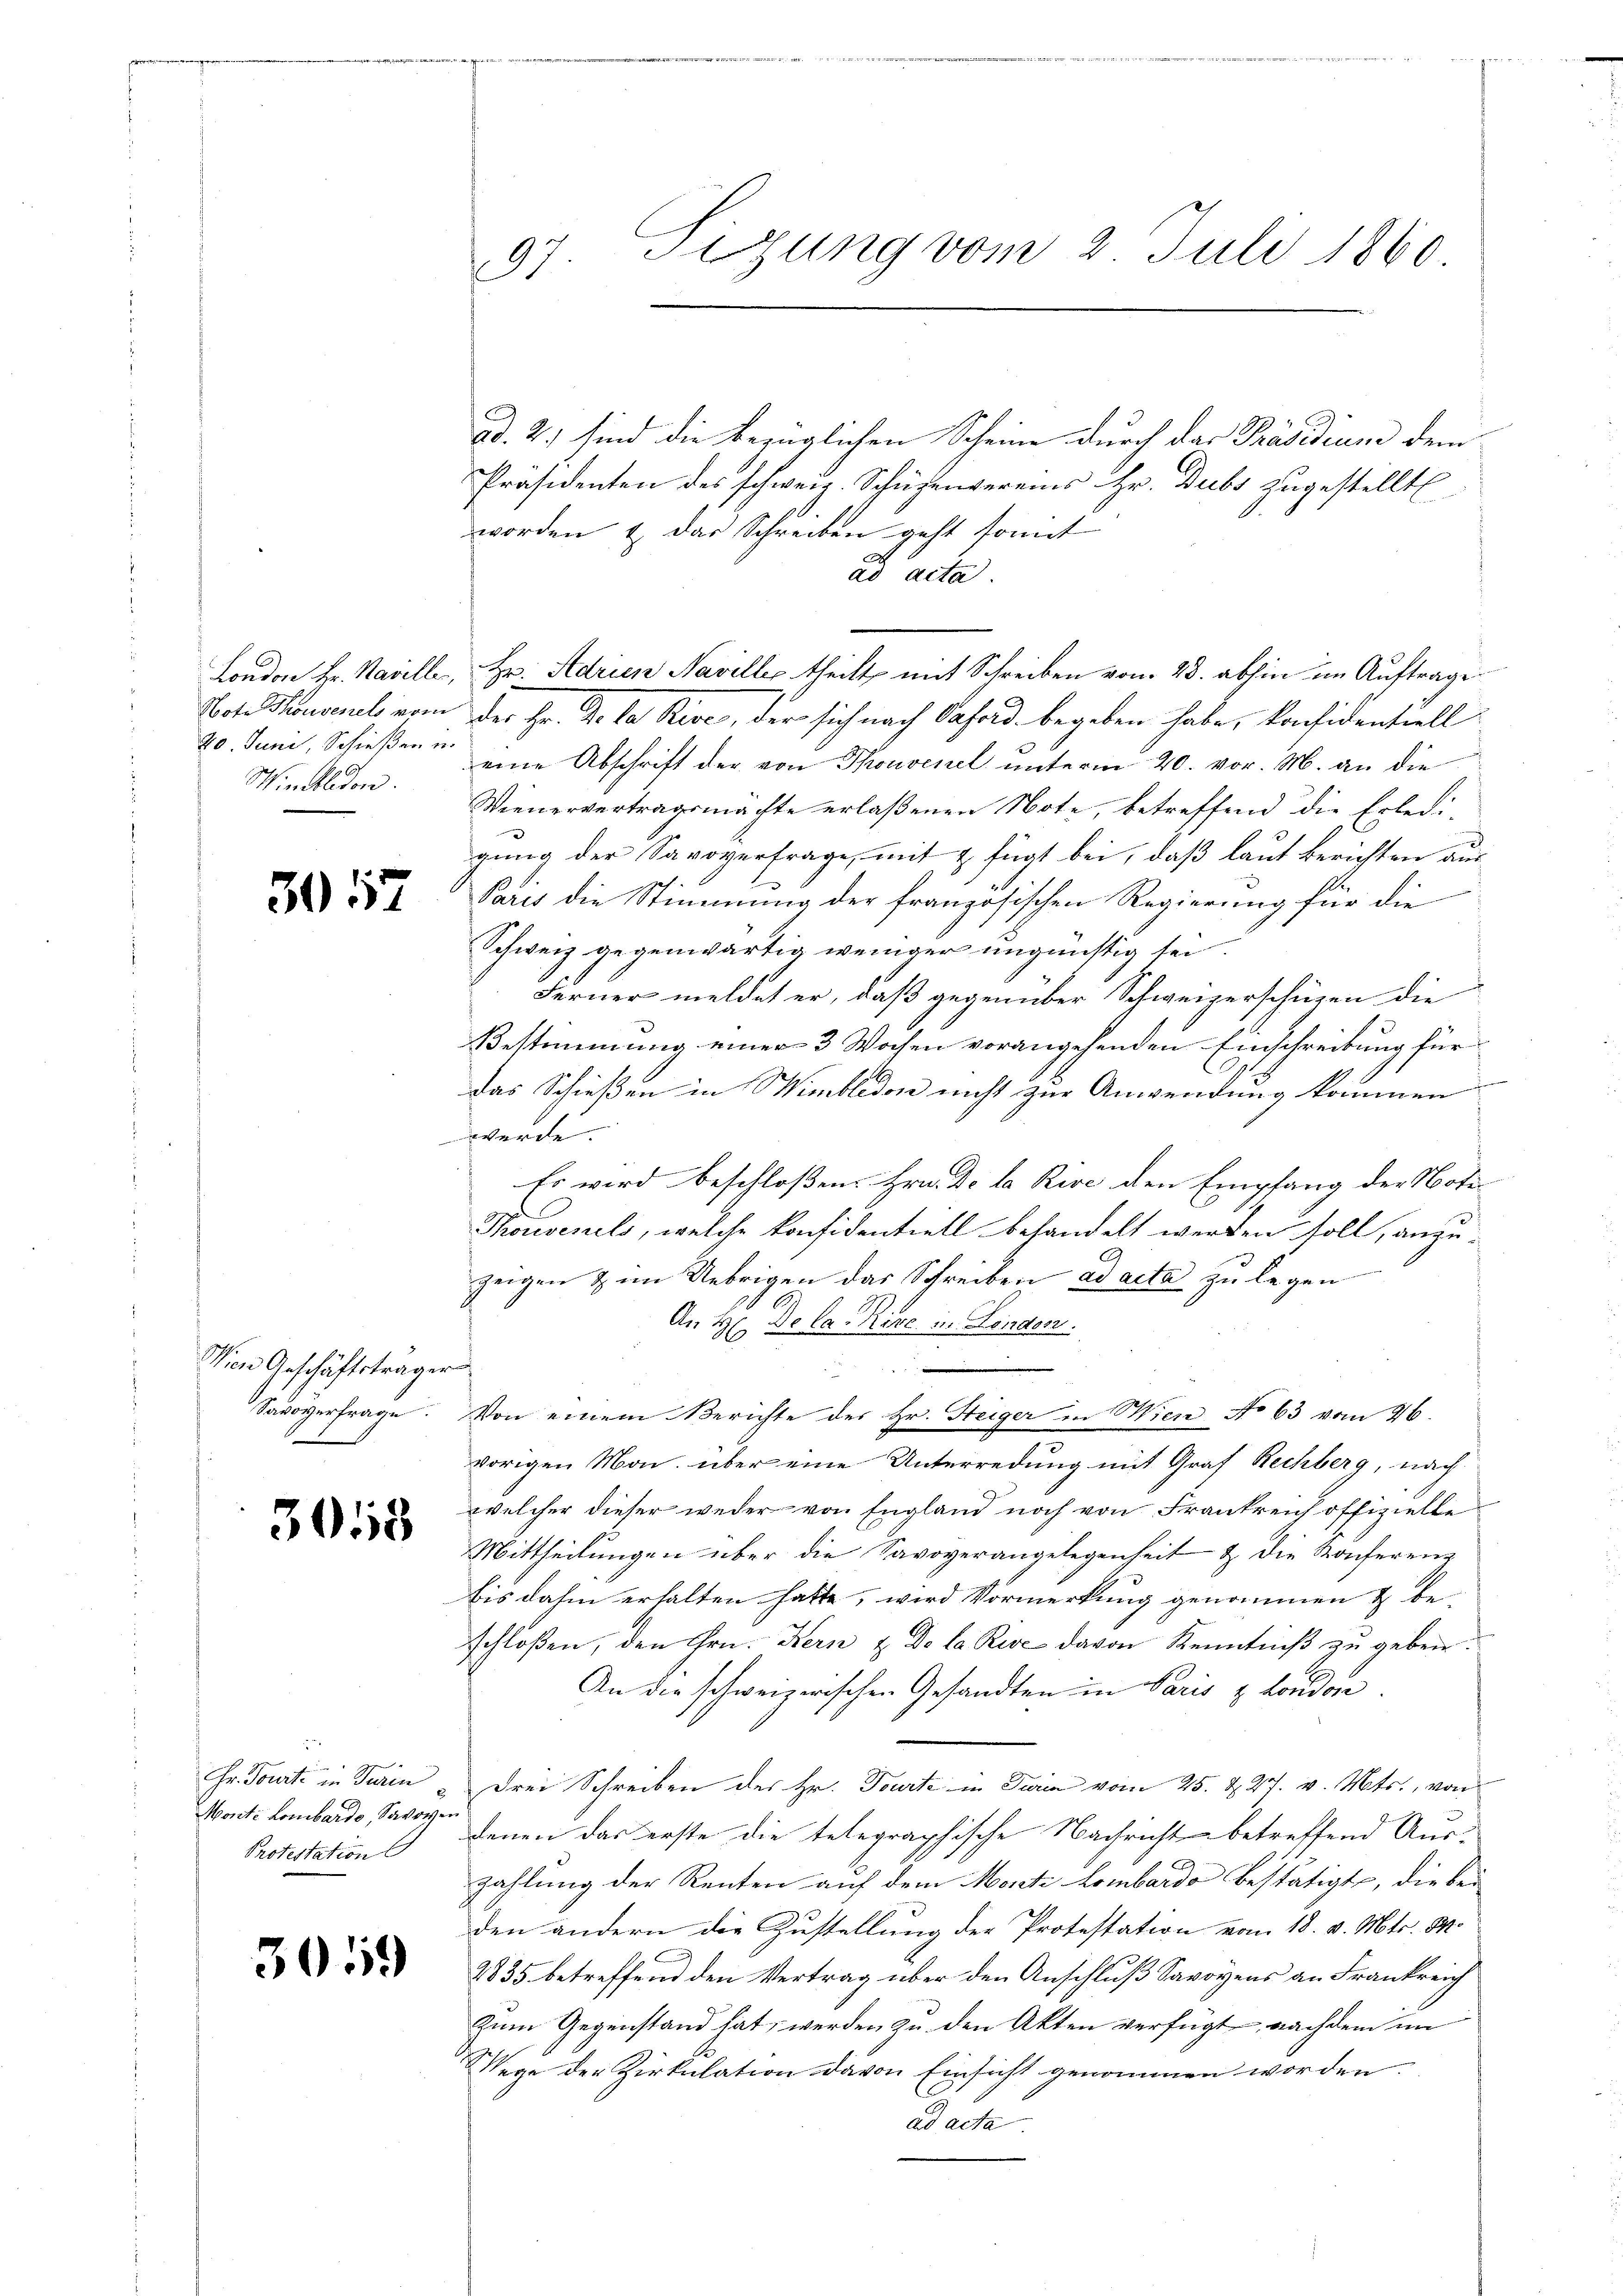
London Hr. Naveller,
Note Thonvenets vom
20. Juni, Schießen u.
Winkledon.

3057

Wien Geschäftsträger
Savoyerfrage.

3013

Hr. Tourti in Turin
Monte Lombardo, Savove
Protestation

3059

07 Sizung vom 2. Juli 1860

ad. 2.) sind die bezüglichen Scheine durch das Präsidium dem
Präsidenten des schweiz. Schuhenvereins Hr. Dubs zugestellt
worden & das Schreiben geht somit |
ad acta
Hr. Adrien Naviller theilt, mit Schreiben vom 28. abhin im Auftrage
des Hr. De la Rise, der sich nach Oasoid begeben habe, konfidentiell
eine Abschrift der von Thonvenel unterm 20. vor. M. an die
Wienervertragsmachte erlaßenen Note, betreffend die Erledi-
gung der Savoyerfrage, mit 2 fügt bei, daß laut Berichten aus-
Paris die Stimmung der französischen Regierung für die
Schweiz gegenwärtig weniger ungünstig sei.
Ferner meldet er, daß gegenüber Schweizerschügen die
Bestimmung einer 3 Wochen vorangehenden Einschreibung für
das Schießen in Wimbledon nicht zur Anwendung kommen
werde.
Es wird beschloßen: Hrn. De la Rive den Empfang der Noti¬
Thousekels, welche konfidentiell behandelt werden soll, anzuzeigen & im Uebrigen das Schreiben ad acta zu legen
An H. De la Kire in London.
u
i
Von einem Berichte der Hr. Steiger in Wien No 63 vom 26.
vorigen Mon. über eine Unterredung mit Graf Rechberg, nach
welcher dieser weder von England noch von Frankreich offizielle
Mittheilungen über die Savoverangelegenheit & die Konferenz
bis dahin erhalten hatte, wird Vormerkung genommen & be-
schloßen, den Hrn. Kern & De la Rise davon Kenntniß zu geben:
An die schweizerischen Gesandten in Paris & London
Drei Schreiben des Hr. Tourte in Turin vom 25. d. 27. v. Mts., von
denen das erste die telegraphische Nachricht betreffend Aus-
zahlung der Renten auf dem Monti Lombardo bestätigte, die be-
den andern die Zustellung der Protestation vom 18. v. Mts. M.
2835 betreffend den Vertrag über den Anschluß Savoyens an Frankreich
Zum Gegenstand hat, werden zu den Akten verfügt, nachdem im
Wege der Zirkulation davon Einsicht genommen worden.
ad acta